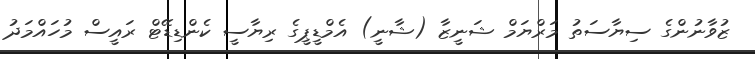
ޒުވާނުންގެ ސިޔާސަތު މަރްޔަމް ޝަނީޒާ (ޝާނީ) އެމްޑީޕީގެ ރިޔާސީ ކެންޑިޑޭޓް ރައީސް މުހައްމަދު